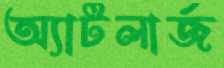
অ্যাটলার্জ